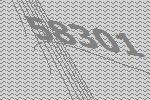
58301